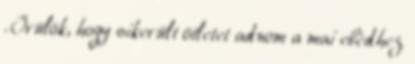
. Örülök, hogy sikerült ötletet adnom a mai ebédhez